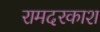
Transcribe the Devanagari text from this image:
रामदरकाश